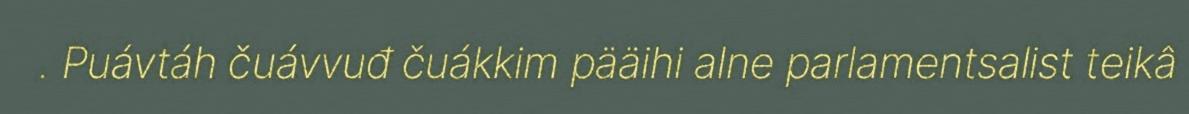
. Puávtáh čuávvuđ čuákkim pääihi alne parlamentsalist teikâ